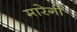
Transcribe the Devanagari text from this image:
मारेगी